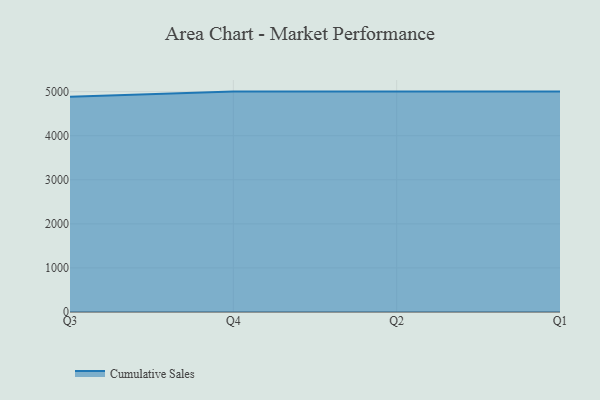
{"axis": {"x": "Quarter", "y": "Conversion Rate (%)"}, "legend": ["Cumulative Sales"], "data": [{"x": "Q3", "y": 4884.1, "type": "Cumulative Sales"}, {"x": "Q4", "y": 5000, "type": "Cumulative Sales"}, {"x": "Q2", "y": 5000, "type": "Cumulative Sales"}, {"x": "Q1", "y": 5000, "type": "Cumulative Sales"}]}